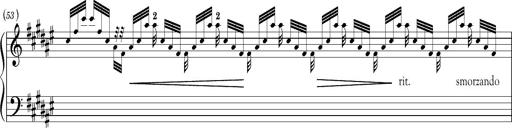
Title: Schlummerlied mit Arabesken
Composer: Franz Liszt
Key: F-sharp major